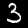
Label: 3